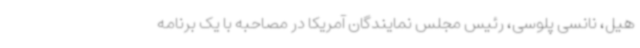
هیل، نانسی پلوسی، رئیس مجلس نمایندگان آمریکا در مصاحبه با یک برنامه